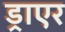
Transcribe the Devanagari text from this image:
ड्राएर